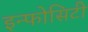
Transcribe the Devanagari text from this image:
इन्फोसिटी